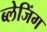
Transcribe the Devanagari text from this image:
ब्लेजिंग